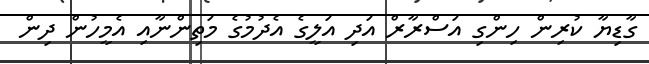
ގާޑިޔާ ކުރިން ހިންގި އަސްރާރް އަދި އަލީގެ އެދުމުގެ މަތިންނާއި އެމީހުން ދިން